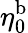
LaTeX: \eta_{0}^{\mathrm{b}}